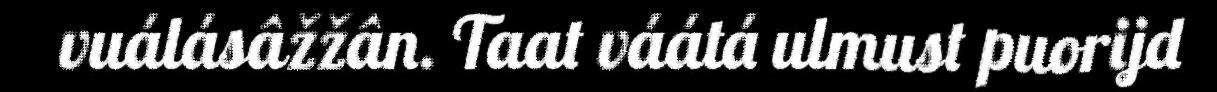
vuálásâžžân. Taat váátá ulmust puorijd